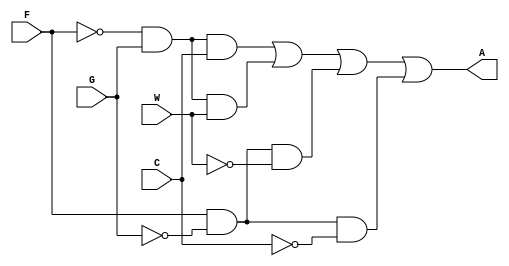
module lab3step3(A, F, C, G, W);
	output A;
	input F, C, G, W;
	
	assign A = (~F&G&C) | (~F&G&W) | (F&~G&~W) | (F&~G&~C);
	
endmodule